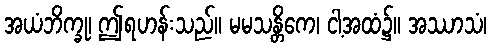
အယံဘိက္ခု၊ ဤရဟန်းသည်။ မမသန္တိကေ၊ ငါ့အထံ၌။ အဿာသံ၊